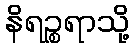
နိရဉ္စရာသို့